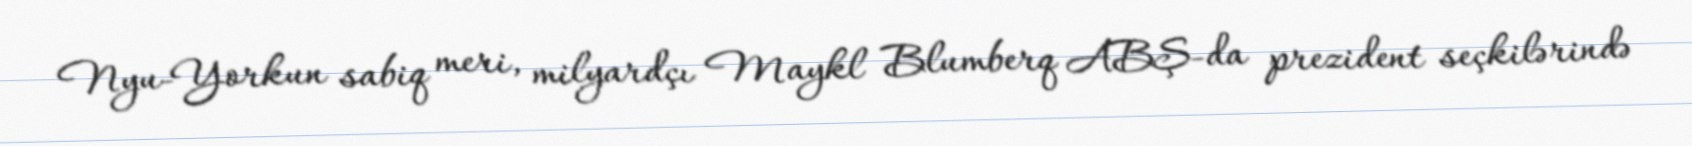
Nyu-Yorkun sabiq meri, milyardçı Maykl Blumberq ABŞ-da prezident seçkilərində